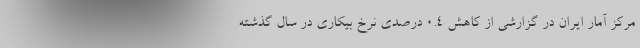
مرکز آمار ایران در گزارشی از کاهش ۰.۴ درصدی نرخ بیکاری در سال گذشته